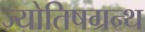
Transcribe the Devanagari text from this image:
ज्योतिषग्रन्थ